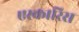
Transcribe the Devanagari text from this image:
एस्कारिस